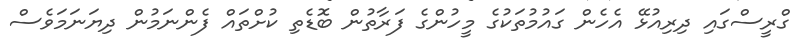
ގްރީސްގައި ދިރިއުޅޭ އެހެން ގައުމުތަކުގެ މީހުންގެ ފަރާތުން ބޮޑެތި ކުށްތައް ފެންނަމުން ދިޔަނަމަވެސް